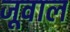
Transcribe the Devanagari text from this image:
जूवाल